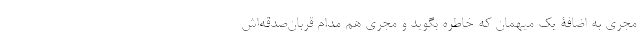
مجری به اضافۀ یک میهمان که خاطره بگوید و مجری هم مدام قربان‌صدقه‌اش